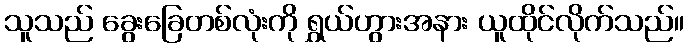
သူသည် ခွေးခြေတစ်လုံးကို ရွှယ်ဟွားအနား ယူထိုင်လိုက်သည်။